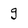
Character: g